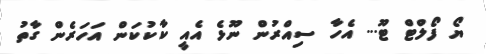
ޔޯ ފޯލްޓް ޓޫ... އެހާ ސިއްރުން ނޫޅެ އެއީ ކާކުކަން އަހަރެން ގާތު